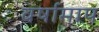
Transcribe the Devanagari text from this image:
वर्षामाप